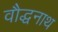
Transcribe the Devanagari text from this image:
वौद्धनाथ